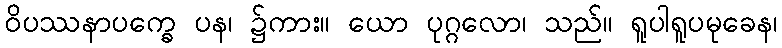
ဝိပဿနာပက္ခေ ပန၊ ၌ကား။ ယော ပုဂ္ဂလော၊ သည်။ ရူပါရူပမုခေန၊